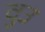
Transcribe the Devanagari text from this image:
वुउ